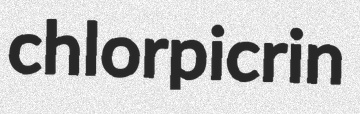
chlorpicrin